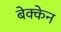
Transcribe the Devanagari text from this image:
बेक्केन